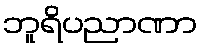
ဘူရိပညာဏာ